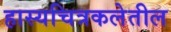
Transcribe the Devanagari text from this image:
हास्यचित्रकलेतील